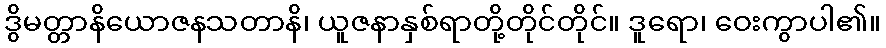
ဒွိမတ္တာနိယောဇနသတာနိ၊ ယူဇနာနှစ်ရာတို့တိုင်တိုင်။ ဒူရော၊ ဝေးကွာပါ၏။